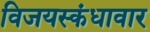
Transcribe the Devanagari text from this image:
विजयस्कंधावार